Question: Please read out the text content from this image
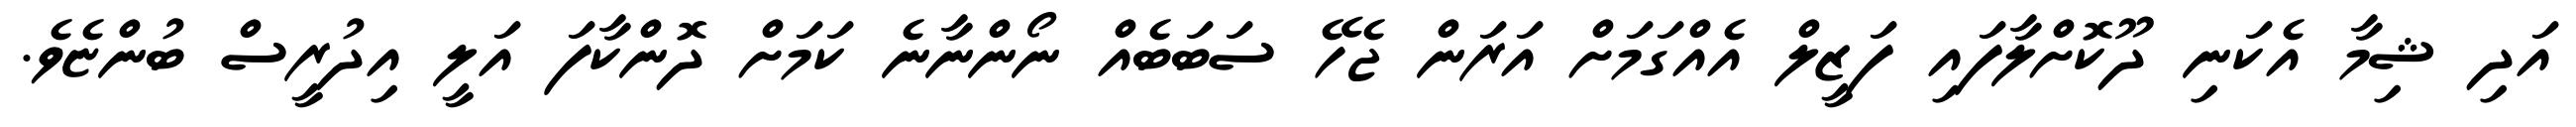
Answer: އަދި ޝިމާ އެކަނި ދޫކޮށްލާފައި ފަޒީލް އެއްގަމަށް އަރަން ޖެހޭ ސަބަބެއް ނޯންނާނެ ކަމަށް ދޮންކާފަ އަލީ އިދުރީސް ބުންޏެވެ.